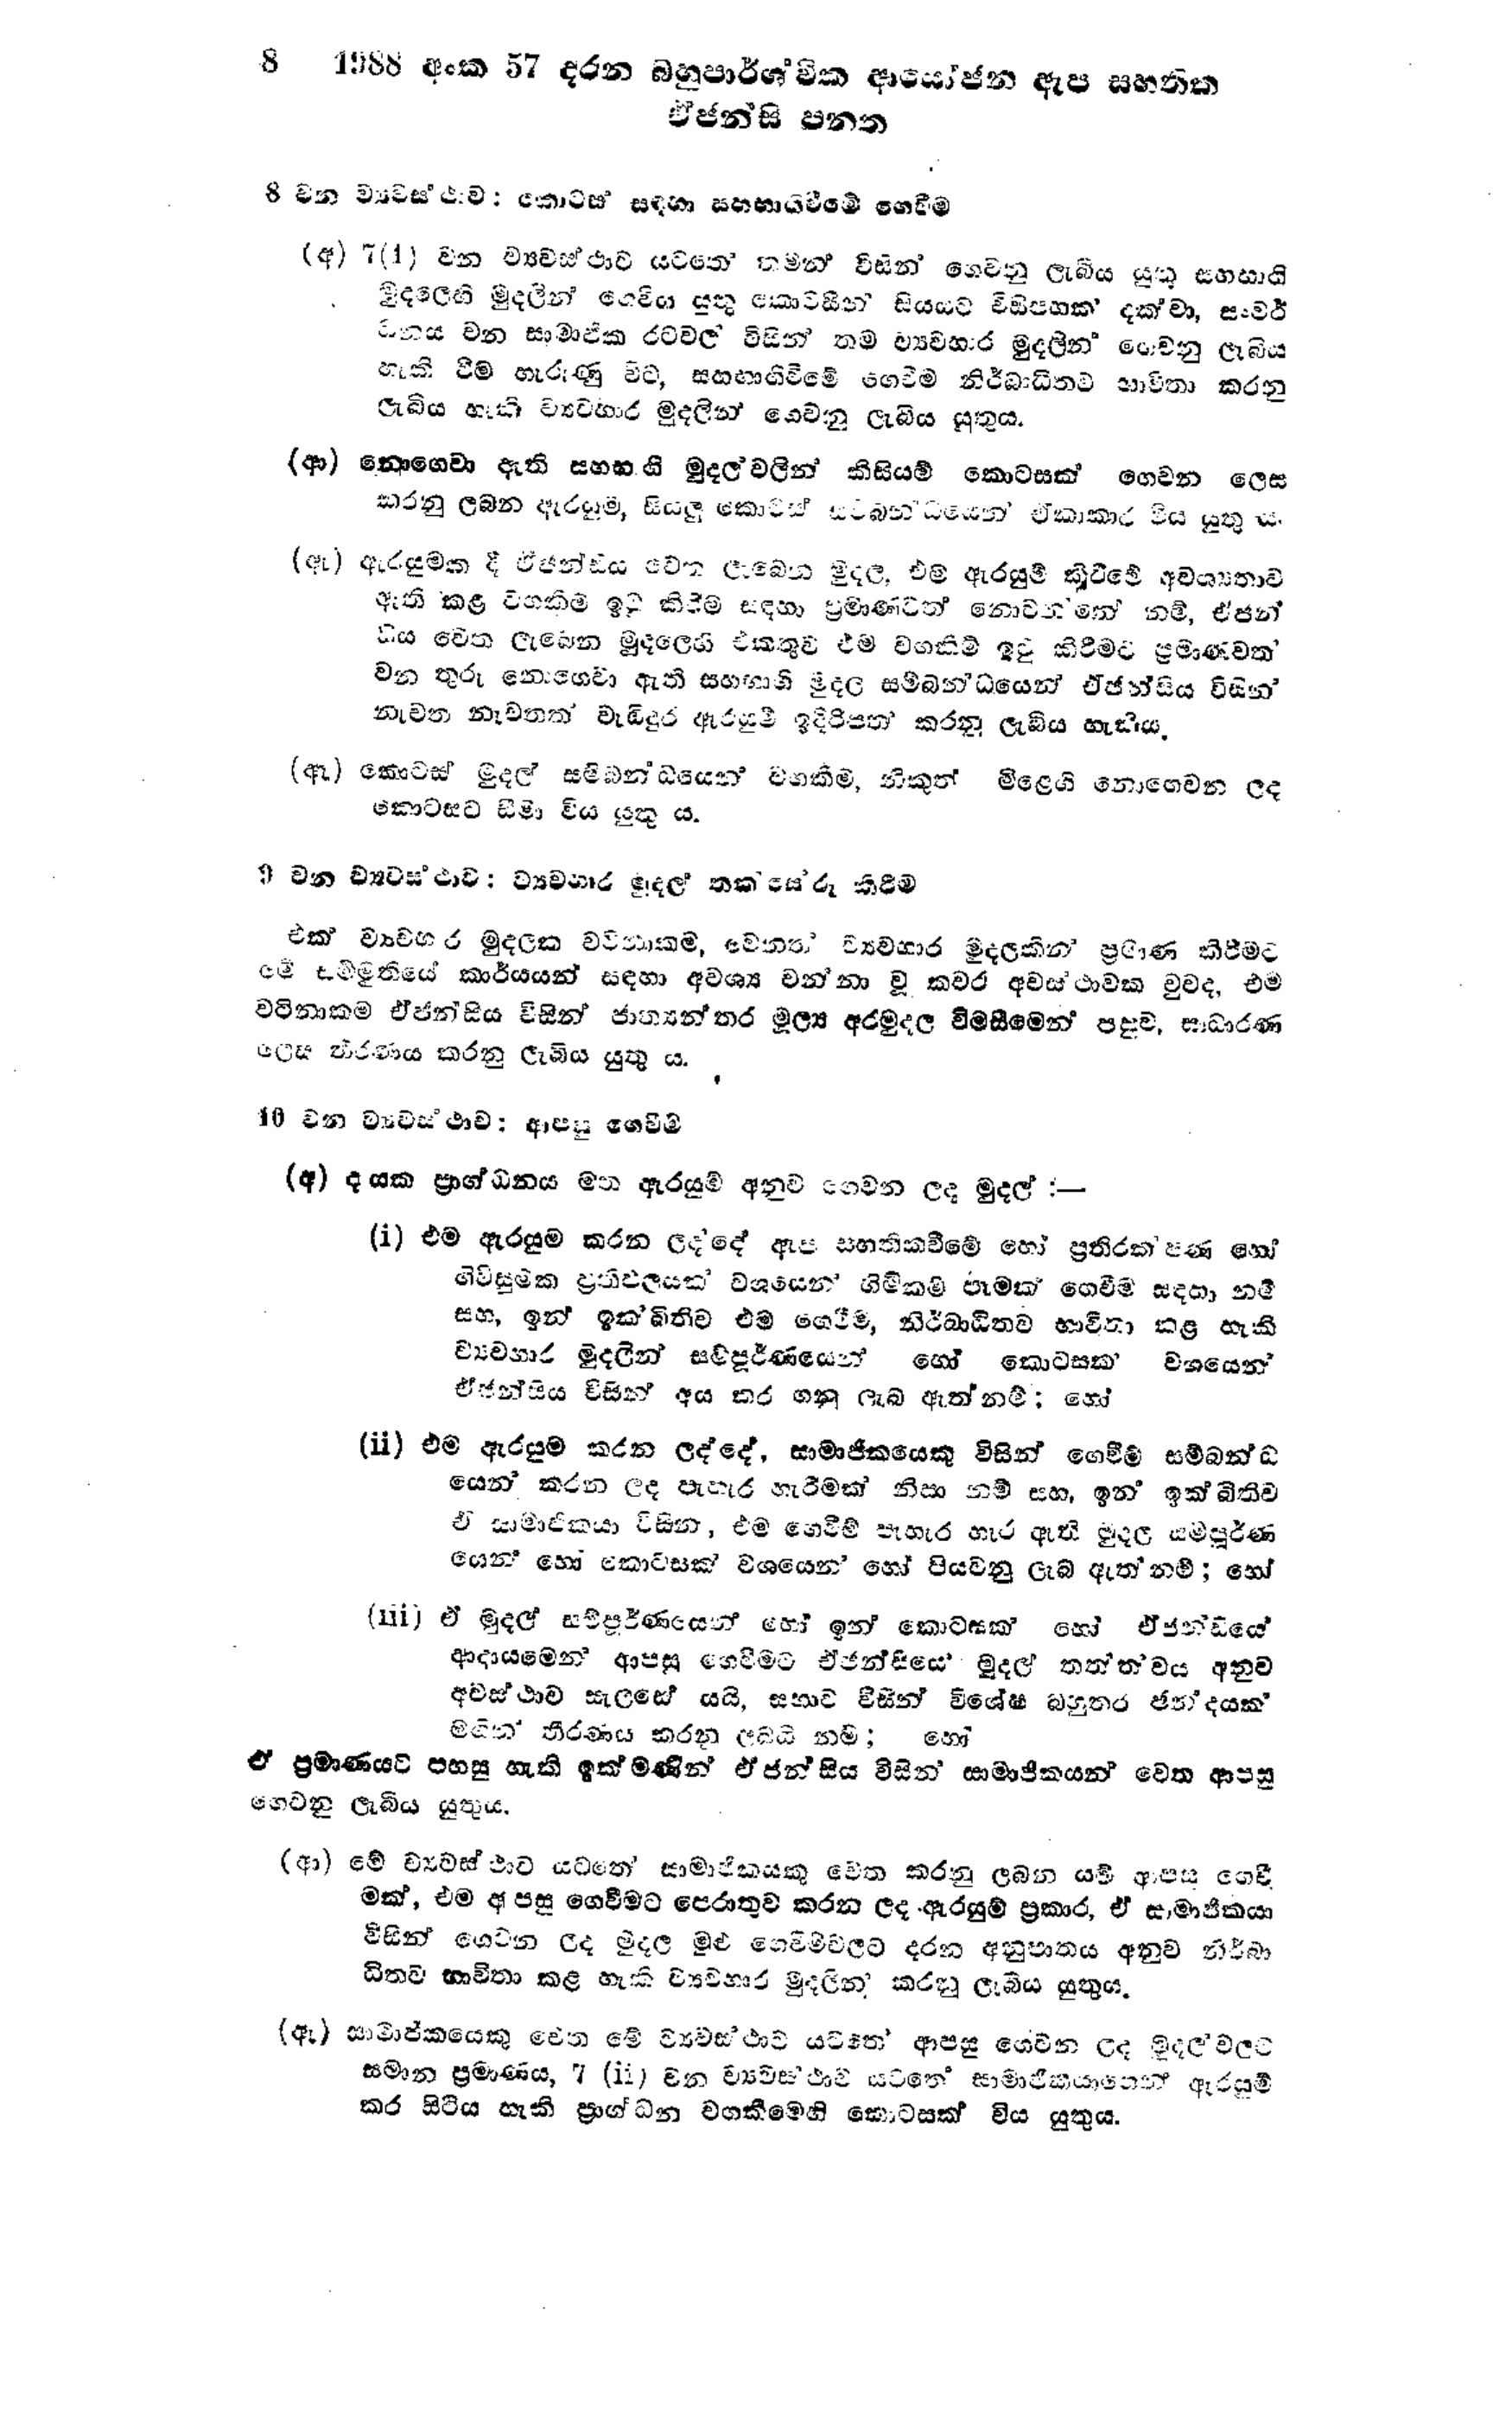
8 1988 අංක 57 දරන බහුපාර්ශවික ආයෝජන ඇප සහතික
ඒජන්සි පනත

8 වන ව්‍යවස්ථාව: කොටස් සඳහා සහභාගිවීමේ ගෙවීම

(අ) 7(1) වන ව්‍යවස්ථාව යටතේ තමන් විසින් ගෙවනු ලැබිය යුතු සහභාගි
මුදලෙහි මුදලින් ගෙවිය යුතු කොටසින් සියයට විසිපහක් දක්වා, සංවර්
ධනය වන සාමාජික රටවල විසින් තම ව්‍යවහාර මුදලින් ගෙවනු ලැබිය
හැකි වීම හැරුණු විට, සහභාගිවීමේ ගෙවීම නිර්බාධිතව භාවිතා කරනු
ලැබිය හැකි ව්‍යවහාර මුදලින් ගෙවනු ලැබිය යුතුය.

(ආ) නොගෙවා ඇති සහභාගි මුදල් වලින් කිසියම් කොටසක් ගෙවන ලෙස
කරනු ලබන ඇරඹුම්, සියලු කොටස් සම්බන්ධයෙන් ඒකාකාර විය යුතු ය.

(ඇ) ඇරයුමක දී ඒජන්සිය වෙත ලැබෙන මුදල, එම ඇරයුම් කිරීමේ අවශ්‍යතාව
ඇති කළ වගකිම ඉටු කිරීම සඳහා ප්‍රමාණවත් නොවන්නේ නම්, ඒජන්
සිය වෙත ලැබෙන මුදලෙහි එකතුව එම වගකීම් ඉටු කිරීමට ප්‍රමාණවත්
වන තුරු නොගෙවා ඇති සහභාගි මුදල සම්බන්ධයෙන් ඒජන්සිය විසින්
නැවත නැවතත් වැඩිදුර ඇරයුම් ඉදිරිපත් කරනු ලැබිය හැකිය.

(ඈ) කොටස් මුදල් සම්බන්ධයෙන් වගකීම, නිකුත් මිළෙහි නොගෙවන ලද
කොටසට සීමා විය යුතු ය.

9 වන ව්‍යවස්ථාව; ව්‍යවහාර මුදල් තක්සේරු කිරීම

එක් ව්‍යවහාර මුදලක වටිනාකම, වෙනත් ව්‍යවහාර මුදලකින් ප්‍රමාණ කිරීමට
මේ සම්මුතියේ කාර්යයන් සඳහා අවශ්‍ය වන්නා වූ කවර අවස්ථාවක වුව ද, එම
වටිනාකම ඒජන්සිය විසින් ජාත්‍යාන්තර මුල්‍ය අරමුදල විමසීමෙන් පසුව, සාධාරණ
ලෙස තීරණය කරනු ලැබිය යුතු ය.

16 වන ව්‍යවස්ථාව : ආපසු ගෙවීම

(අ) දායක ප්‍රාග්ධනය මත ඇරයුම් අනුව ගෙවන ලද මුදල් :-

(i) එම ඇරයුම කරන ලදදේ ඇප සහතිකවීමේ හෝ ප්‍රතිරක්ෂණ හෝ
ගිවිසුමක ප්‍රතිඵලයක් වශයෙන් හිමිකම් පෑමක් ගෙවීම සඳහා නම්
සහ, ඉන් ඉක් බිතිව එම ගෙවීම, නිර්බාධිතව භාවිතා කළ හැකි
ව්‍යවහාර මුදලින් සම්පූර්ණයෙන් හෝ කොටසක් වශයෙන්
ඒ ජන්සිය විසින් අය කර ගනු ලැබ ඇත්නම් ;

(ii) එම ඇරයුම් කරන ලද්දේ, සාමාජිකයෙකු විසින් ගෙවීම් සම්බන්ධ
යෙන කරන ලද පැහැර හැරීමක් නිසා නම් සහ, ඉන් ඉක්බිතිව
ඒ සාමාජිකයා විසින්, එම ගෙවීම් පැහැර හැර ඇති මුදල සම්පූර්ණ
යෙන හෝ කොටසක් වශයෙන‍් හෝ පියවනු ලැබ ඇත්නම්; හෝ

(iii) ඒ මුදල් සම්පූර්ණයෙන් හෝ ඉන් කොටසක් හෝ ඒජසියේ
ආදායමෙන් ආපසු ගෙවීමට ඒ ජන්සි මුදල් තත්ත්වය අනුව
අවස්ථාව සැලසේ යයි, සභාව විසින් විශේෂ බහුතර ඡන්දයක්
මඟින් තීරණය කරනු ලබයි නම් ;

ඒ ප්‍රමාණයට පහසු හැකි ඉක්මණින් ඒ ජන්සිය විසින් සාමාජිකයන් වෙත ආපසු
ගෙවනු ලැබිය යුතු ය.

(ආ ) මේ ව්‍යවස්ථාව යටතේ සාමාජිකයකු වෙත කරනු ලබන යම් ආපසු ගෙවී
මක් එම ආපසු ගෙවීමට පෙරාතුව කරන ලද ඇරයුම් ප්‍රකාර, ඒ සාමාජිකයා
විසින් ගෙවන ලද මුදල මුළු ගෙවීමි වලට දරන අනුපාතය අනුව නිර්බා
ඨිතව භාවිතා කළ හැකි ව්‍යවහාර මුදලින කරනු ලැබිය යුතුය.

(ඇ) සාමාජිකයෙකු වෙත මේ ව්‍යවස්ථාව යටතේ ආපසු ගෙවන ලද මුදල වලට
සමාන ප්‍රමාණය, 7 (ii) වන ව්‍යවස්ථාව යටතේ සාමාජිකයාගෙන් ඇරයුම්
කර සිටිය හැකි ප්‍රාග්ධන වගකීමෙහි කොටසක් විය යුතුය.